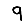
Digit: 9